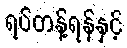
ရပ်တန့်ရန်နှင့်